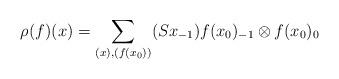
LaTeX: \begin{align*} \rho(f)(x) = \sum_{(x),(f(x_0))} (Sx_{-1}) f(x_0)_{-1} \otimes f(x_0)_0\end{align*}